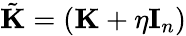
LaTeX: \tilde{\mathbf K}=(\mathbf K+\eta\mathbf I_{n})